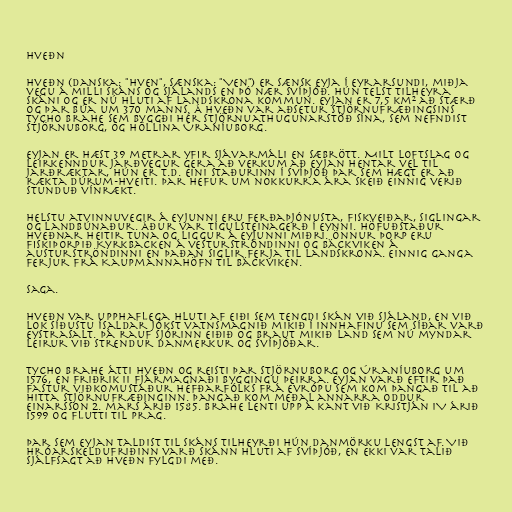
Hveðn

Hveðn (danska: "Hven", sænska: "Ven") er sænsk eyja í Eyrarsundi, miðja
vegu á milli Skáns og Sjálands en þó nær Svíþjóð. Hún telst tilheyra
Skáni og er nú hluti af Landskrona kommun. Eyjan er 7,5 km² að stærð
og þar búa um 370 manns. Á Hveðn var aðsetur stjörnufræðingsins
Tycho Brahe sem byggði hér stjörnuathugunarstöð sína, sem nefndist
Stjörnuborg, og höllina Úraníuborg.

Eyjan er hæst 39 metrar yfir sjávarmáli en sæbrött. Milt loftslag og
leirkenndur jarðvegur gera að verkum að eyjan hentar vel til
jarðræktar, hún er t.d. eini staðurinn í Svíþjóð þar sem hægt er að
rækta dúrum-hveiti. Þar hefur um nokkurra ára skeið einnig verið
stunduð vínrækt.

Helstu atvinnuvegir á eyjunni eru ferðaþjónusta, fiskveiðar, siglingar
og landbúnaður. Áður var tígulsteinagerð í eynni. Höfuðstaður
Hveðnar heitir Tuna og liggur á eyjunni miðri. Önnur þorp eru
fiskiþorpið Kyrkbacken á vesturströndinni og Bäckviken á
austurströndinni en þaðan siglir ferja til Landskrona. Einnig ganga
ferjur frá Kaupmannahöfn til Bäckviken.

Saga.

Hveðn var upphaflega hluti af eiði sem tengdi Skán við Sjáland, en við
lok síðustu ísaldar jókst vatnsmagnið mikið í innhafinu sem síðar varð
Eystrasalt. Þá rauf sjórinn eiðið og braut mikið land sem nú myndar
leirur við strendur Danmerkur og Svíþjóðar.

Tycho Brahe átti Hveðn og reisti þar Stjörnuborg og Úraníuborg um
1576, en Friðrik II fjármagnaði byggingu þeirra. Eyjan varð eftir það
fastur viðkomustaður hefðarfólks frá Evrópu sem kom þangað til að
hitta stjörnufræðinginn. Þangað kom meðal annarra Oddur
Einarsson 2. mars árið 1585. Brahe lenti upp á kant við Kristján IV árið
1599 og flutti til Prag.

Þar sem eyjan taldist til Skáns tilheyrði hún Danmörku lengst af. Við
Hróarskeldufriðinn varð Skánn hluti af Svíþjóð, en ekki var talið
sjálfsagt að Hveðn fylgdi með.